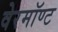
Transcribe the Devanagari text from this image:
वेरमॉण्ट